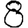
Digit: 8